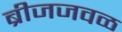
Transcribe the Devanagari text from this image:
ब्रीजजवळ